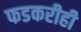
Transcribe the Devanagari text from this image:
फडकरीही